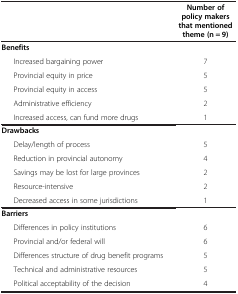
|  | Number of policy makers that mentioned theme(n = 9) |
 | --- | --- |
 | Benefits |  |
 | Increased bargaining power | 7 |
 | Provincial equity in price | 5 |
 | Provincial equity in access | 5 |
 | Administrative efficiency | 2 |
 | Increased access, can fund more drugs | 1 |
 | <COLSPAN=2> Drawbacks |
 | Delay/length of process | 5 |
 | Reduction in provincial autonomy | 4 |
 | Savings may be lost for large provinces | 2 |
 | Resource-intensive | 2 |
 | Decreased access in some jurisdictions | 1 |
 | <COLSPAN=2> Barriers |
 | Differences in policy institutions | 6 |
 | Provincial and/or federal will | 6 |
 | Differences structure of drug benefit programs | 5 |
 | Technical and administrative resources | 5 |
 | Political acceptability of the decision | 4 |